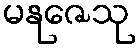
မနုဇေသု